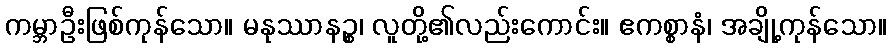
ကမ္ဘာဦးဖြစ်ကုန်သော။ မနုဿာနဉ္စ၊ လူတို့၏လည်းကောင်း။ ဧကစ္စာနံ၊ အချို့ကုန်သော။